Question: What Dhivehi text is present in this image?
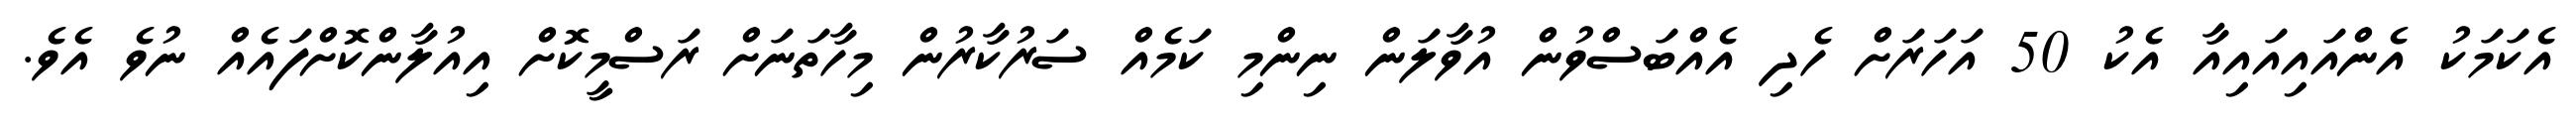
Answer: އެކަމަކު އެންއައިއައިއާ އެކު 50 އަހަރަށް ހެދި އެއްބަސްވުން އުވާލަން ނިންމި ކަމެއް ސަރުކާރުން މިހާތަނަށް ރަސްމީކޮށް އިއުލާންކޮށްފައެއް ނުވެ އެވެ.